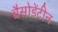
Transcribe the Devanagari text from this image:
बैसोडेंटीन